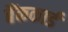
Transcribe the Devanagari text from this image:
बैंककार्ड